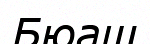
Бюаш